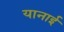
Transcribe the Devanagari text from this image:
यानाई